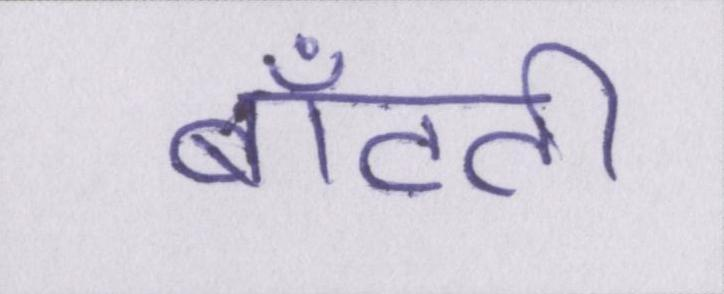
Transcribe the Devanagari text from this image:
बाँटती